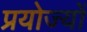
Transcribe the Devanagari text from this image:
प्रयोज्यों